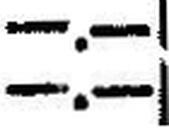
—.—